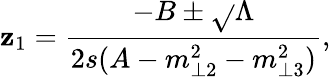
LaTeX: \mathbf{z}_{1}=\frac{{-B\pm\sqrt{}{{\Lambda}}}}{{2s(A-m_{\perp2}^{2}-m_{\perp3}^{2})}},